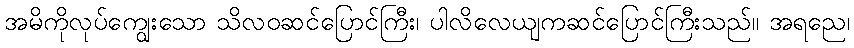
အမိကိုလုပ်ကျွေးသော သိလဝဆင်ပြောင်ကြီး၊ ပါလိလေယျကဆင်ပြောင်ကြီးသည်။ အရညေ၊